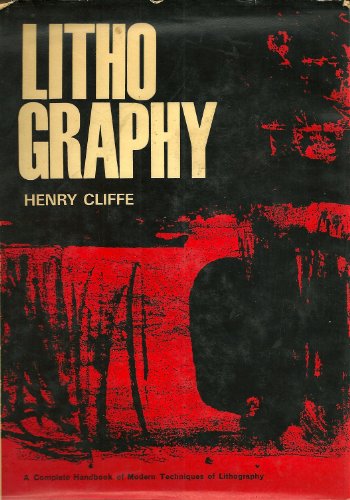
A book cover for Lithography; a complete handbook of modern techniques of lithography; Henry Cliffe; Arts & Photography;